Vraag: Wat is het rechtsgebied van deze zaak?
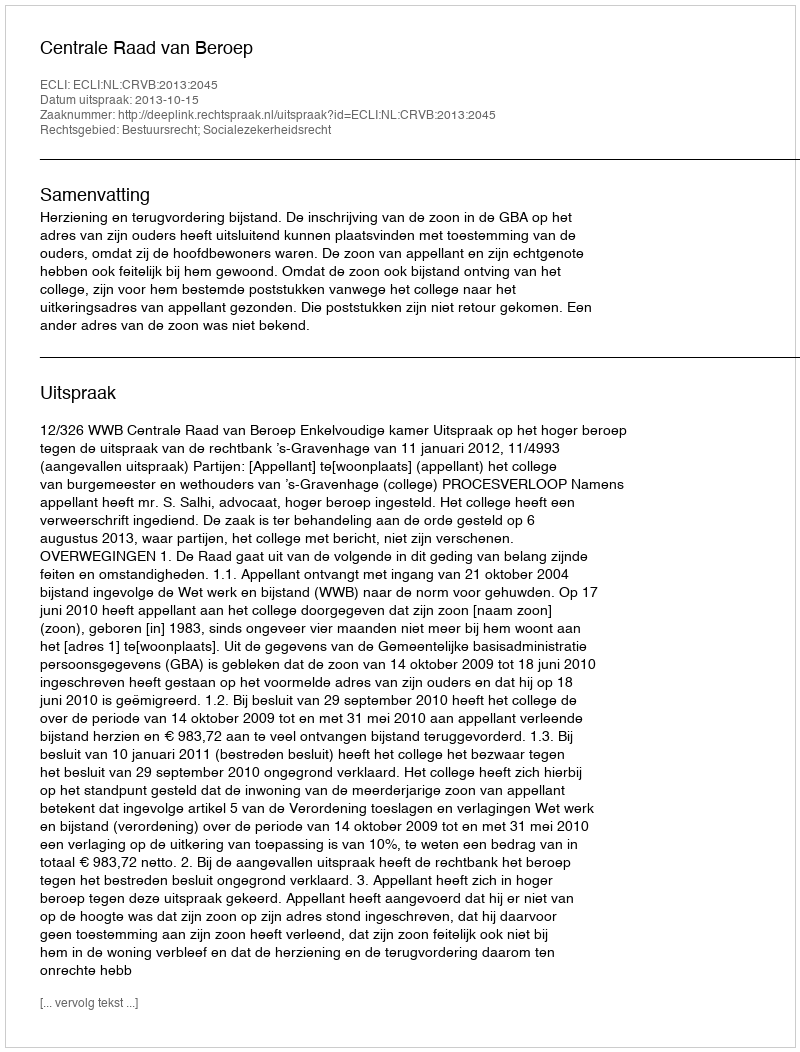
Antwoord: Bestuursrecht; Socialezekerheidsrecht